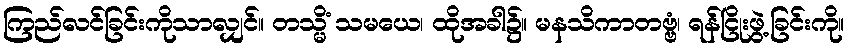
ကြည်လင်ခြင်းကိုသာလျှင်။ တသ္မိံ သမယေ၊ ထိုအခါ၌။ မနသိကာတဗ္ဗံ၊ ရန်ငြိုးဖွဲ့ခြင်းကို။